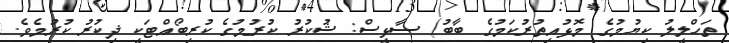
ތަހްލީލު ކިޔުމުގެ މޮޅުއިތުރުކަމުގެ ބާބު) ސާޅީސް: ޝުކުރު ކުރުމުގެ ކުރިބޯއްޓަކީ ޛިކުރު ކުރުމެވެ.